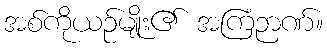
အစ်ကိုယဉ်မျိုး၏ အကြံဉာဏ်။